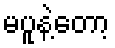
မပူနဲ့တော့